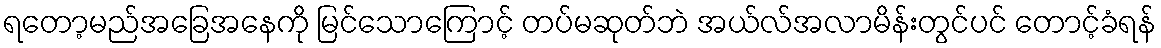
ရတော့မည်အခြေအနေကို မြင်သောကြောင့် တပ်မဆုတ်ဘဲ အယ်လ်အလာမိန်းတွင်ပင် တောင့်ခံရန်